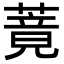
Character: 䔔